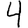
Digit: 4